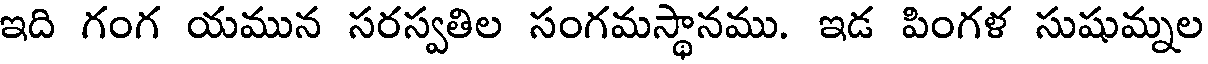
ఇది గంగ యమున సరస్వతిల సంగమస్థానము. ఇడ పింగళ సుషుమ్నల